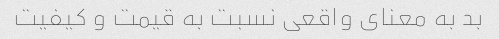
بد به معنای واقعی نسبت به قیمت و کیفیت